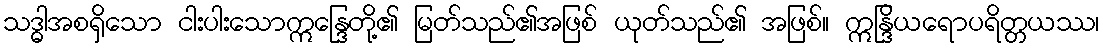
သဒ္ဓါအစရှိသော ငါးပါးသောဣန္ဒြေတို့၏ မြတ်သည်၏အဖြစ် ယုတ်သည်၏ အဖြစ်။ ဣန္ဒြိယရောပရိတ္တယဿ၊